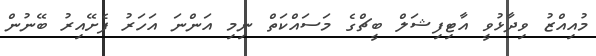
މުއިއްޒު ވިދާޅުވީ އާޓިފިޝަލް ބީޗްގެ މަސައްކަތް ނިމި އަންނަ އަހަރު ފެށޭއިރު ބޭނުން